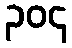
၃၀၄